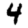
Digit: 4